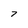
Character: 7